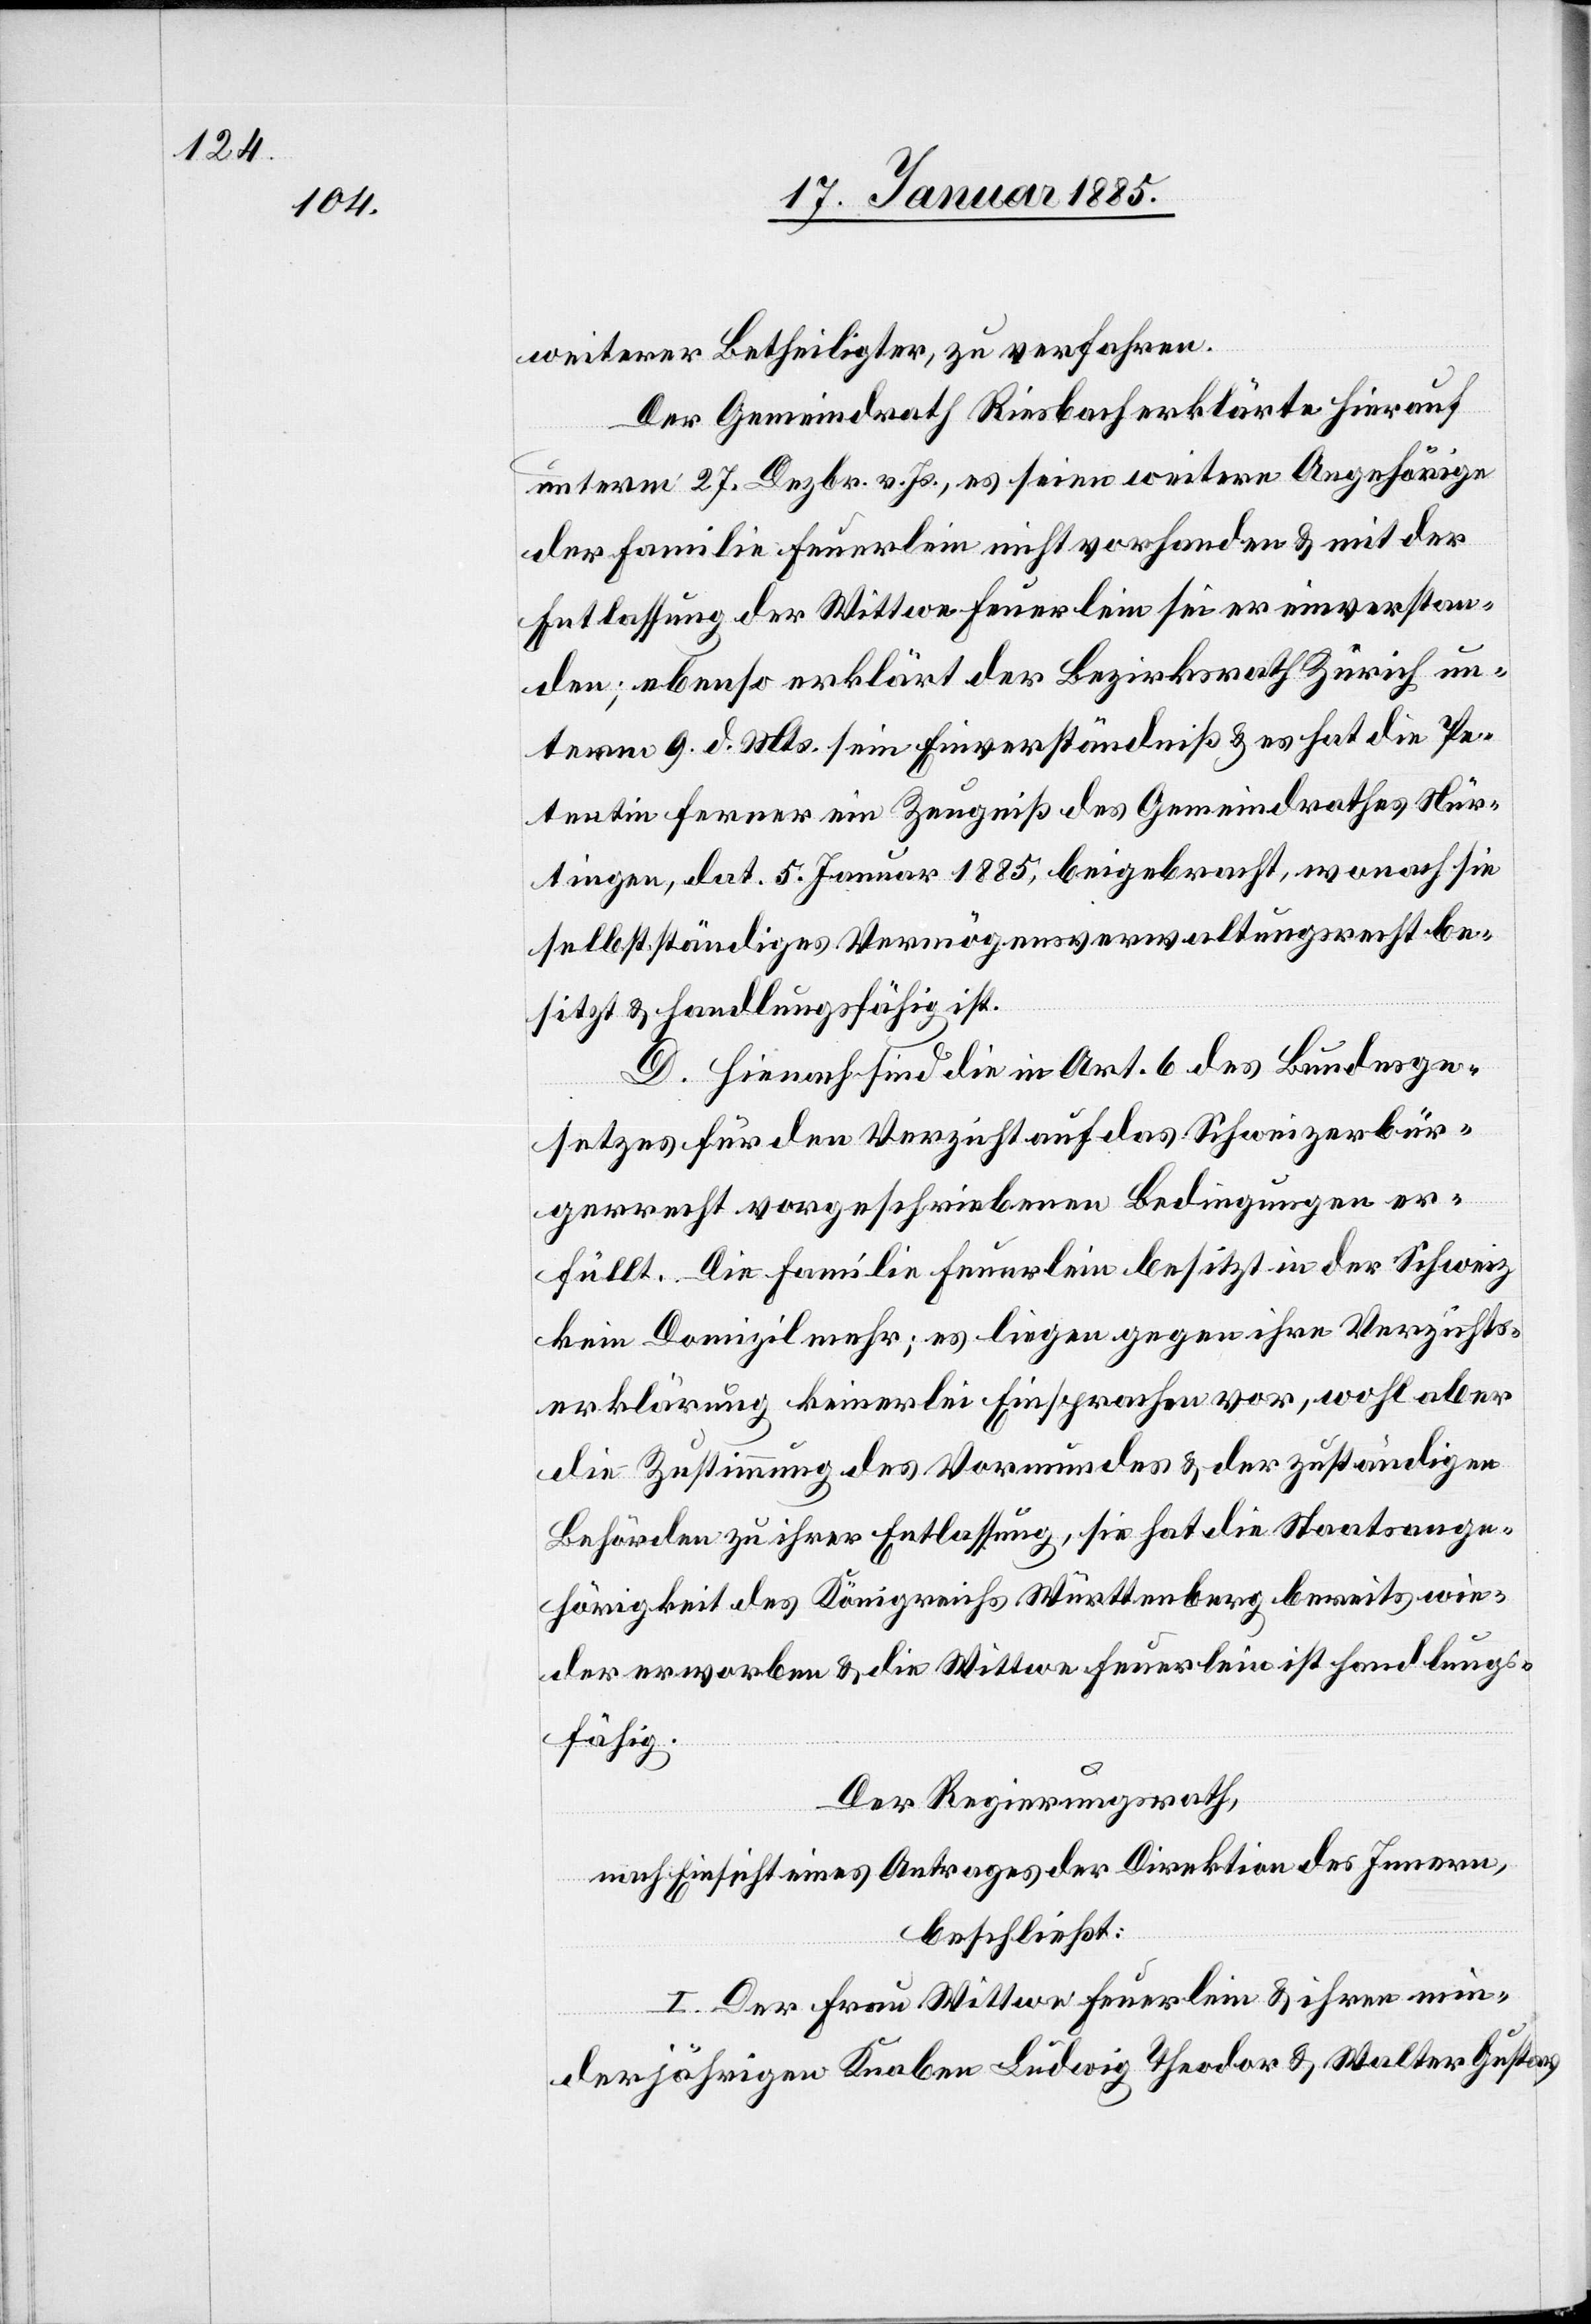
weiterer Betheiligter, zu verfahren.
Der Gemeindrath Riesbach erklärte hierauf
unterm 27. Dezbr. v. Js., es seien weitere Angehörige
der Familie Feuerlein nicht vorhanden & mit der
Entlassung der Wittwe Feuerlein sei er einverstan¬
den; ebenso erklärt der Bezirksrath Zürich un¬
term 9. d. Mts. sein Einverständniß & es hat die Pe¬
tentin ferner ein Zeugniß des Gemeindrathes Nür¬
tingen, dat. 5. Januar 1885, beigebracht, wonach sie
selbstständiges Vermögensverwaltungsrecht be¬
sitzt & handlungsfähig ist.
D. Hienach sind die in Art. 6 des Bundesge¬
setzes für den Verzicht auf das Schweizerbür¬
gerrecht vorgeschriebenen Bedingungen er¬
füllt. Die Familie Feuerlein besitzt in der Schweiz
kein Domizil mehr; es liegen gegen ihre Verzichts¬
erklärung keinerlei Eisprachen vor , wohl aber
die Zustimmung des Vormundes & der zuständigen
Behörden zu ihrer Entlassung, sie hat die Staatsange¬
hörigkeit des Königreiches Württemberg bereits wie¬
der erworben & die Wittwe Feuerlein ist handlung¬
sfähig.
Der Regierungsrath,
nach Einsicht eines Antrages der Direktion des Innern,
beschließt:
I. Der Frau Wittwe Feuerlein & ihren min¬
derjährigen Knaben Ludwig Theodor & Walter Gustav